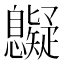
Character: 𢥷